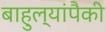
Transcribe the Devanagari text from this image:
बाहुल्यांपैकी